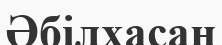
Әбілхасан